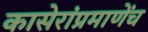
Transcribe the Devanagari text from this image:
कासेरांप्रमाणेंच